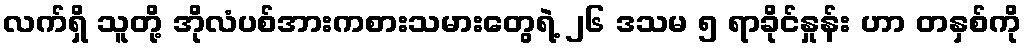
လက်ရှိ သူတို့ အိုလံပစ်အားကစားသမားတွေရဲ့ ၂၆ ဒသမ ၅ ရာခိုင်နှုန်း ဟာ တနှစ်ကို